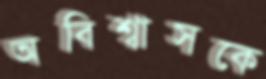
অবিশ্বাসকে